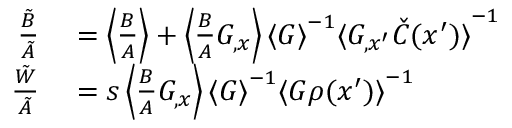
\begin{array} { r l } { \frac { \tilde { B } } { \tilde { A } } } & { { } = \left\langle { \frac { B } { A } } \right\rangle + \left\langle { \frac { B } { A } G _ { , x } } \right\rangle { \langle G \rangle } ^ { - 1 } { \langle G _ { , x ^ { \prime } } \check { C } ( x ^ { \prime } ) \rangle } ^ { - 1 } } \\ { \frac { \tilde { W } } { \tilde { A } } } & { { } = s \left\langle { \frac { B } { A } G _ { , x } } \right\rangle { \langle G \rangle } ^ { - 1 } { \langle G \rho ( x ^ { \prime } ) \rangle } ^ { - 1 } } \end{array}